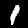
Digit: 1